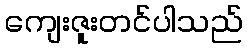
ကျေးဇူးတင်ပါသည်